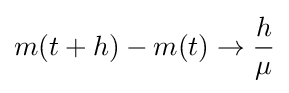
m(t+h)-m(t)\rightarrow {\frac {h}{\mu }}